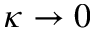
\kappa \to 0